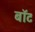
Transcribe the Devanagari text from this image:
बाॅट